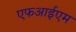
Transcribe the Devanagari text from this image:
एफआईएम